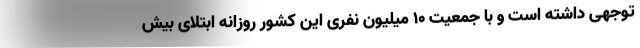
توجهی داشته است و با جمعیت ۱۰ میلیون نفری این کشور روزانه ابتلای بیش